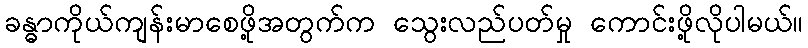
ခန္ဓာကိုယ်ကျန်းမာစေဖို့အတွက်က သွေးလည်ပတ်မှု ကောင်းဖို့လိုပါမယ်။